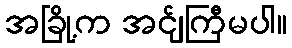
အခြို့က အင်ျကြီမပါ။